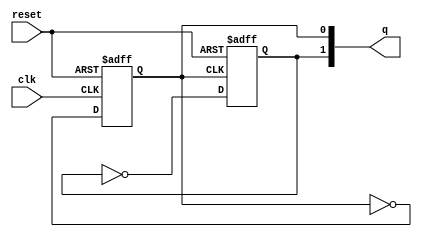
module ripple_counter (input clk , input reset , output [1:0] q);
reg [1:0]q_int;

always @ (posedge clk, posedge reset)
begin
	if(reset)
		q_int[0] <= 1'b0;
	else
		q_int[0] <= ~q_int[0];
end


always @ (posedge q_int[0], posedge reset)
begin
	
	if(reset)
		q_int[1] <= 1'b0;
	else
		q_int[1] <= ~q_int[1];

end

assign q = q_int;

endmodule